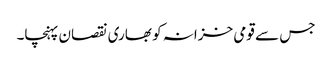
جس سے قومی خزانہ کو بھاری نقصان پہنچا۔